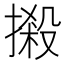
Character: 摋